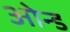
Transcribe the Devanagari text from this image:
ओन्ड